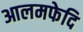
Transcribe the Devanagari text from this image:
आलमफेदि